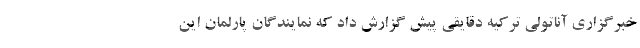
خبرگزاری آناتولی ترکیه دقایقی پیش گزارش داد که نمایندگان پارلمان این